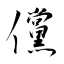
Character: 儻